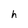
Character: h